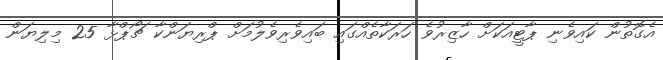
އެގޮތުން ކައިވެނި ޕާޓީއަކަށް ހާޒިރުވެ ހަރަކާތެއްގައި ބައިވެރިވެލުމަށް ޕްރިޔަންކާ ޗޯޕްޅާ 25 މިލިޔަން